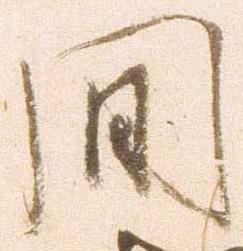
間